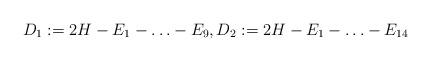
LaTeX: \begin{align*}D_1:=2H- E_1-\ldots - E_9, D_2:=2H-E_1-\ldots-E_{14}\end{align*}